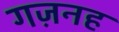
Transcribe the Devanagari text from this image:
गज़नह